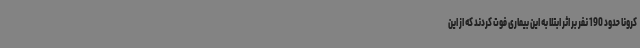
کرونا حدود 190 نفر بر اثر ابتلا به این بیماری فوت کردند که از این